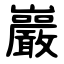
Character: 巖